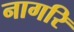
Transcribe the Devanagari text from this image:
नागरि